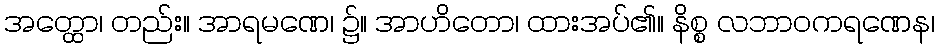
အတ္ထော၊ တည်း။ အာရမဏေ၊ ၌။ အာဟိတော၊ ထားအပ်၏။ နိစ္စ လဘာဝကရဏေန၊